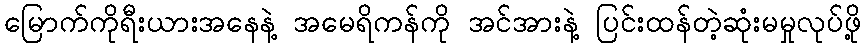
မြောက်ကိုရီးယားအနေနဲ့ အမေရိကန်ကို အင်အားနဲ့ ပြင်းထန်တဲ့ဆုံးမမှုလုပ်ဖို့